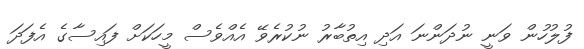
ފުލުހުން ވަނީ ނުދަންނަ އަދި އިތުބާރު ނުކުރެވޭ އެއްވެސް މީހަކަށް ފައިސާގެ އެފަދަ